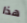
هذا